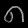
Digit: ၈